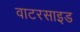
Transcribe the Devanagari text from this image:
वाटरसाइड